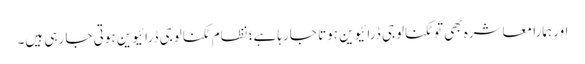
اور ہمارا معاشرہ بھی تو ٹکنالوجی ڈرائیوین ہوتا جارہا ہے؛ نظام ٹکنالوجی ڈرائیوین ہوتی جا رہی ہیں۔